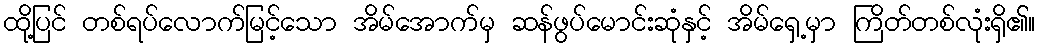
ထို့ပြင် တစ်ရပ်လောက်မြင့်သော အိမ်အောက်မှ ဆန်ဖွပ်မောင်းဆုံနှင့် အိမ်ရှေ့မှာ ကြိတ်တစ်လုံးရှိ၏။